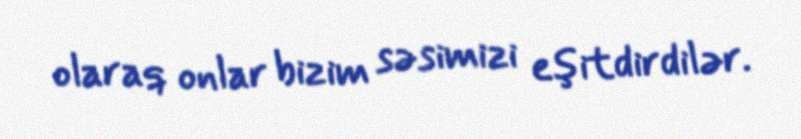
olaraq onlar bizim səsimizi eşitdirdilər.